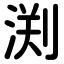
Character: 渕